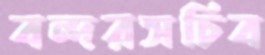
বন্দরসচিব